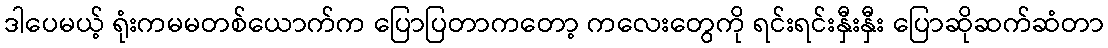
ဒါပေမယ့် ရုံးကမမတစ်ယောက်က ပြောပြတာကတော့ ကလေးတွေကို ရင်းရင်းနှီးနှီး ပြောဆိုဆက်ဆံတာ